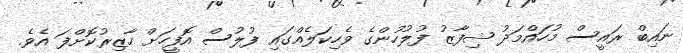
ނައިބް ރައީސް މުހައްމަދު ޝިފާޒު ފުލުހުންގެ ވެހިކަލެއްގައި ފުލުސް އޮފީހަށް ހާޒިރުކޮށްފަ އެވެ.